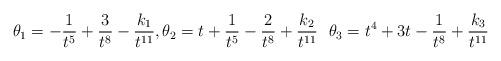
LaTeX: \begin{align*} \theta_1=-\frac{1}{t^5}+\frac{3}{t^8}-\frac{k_1}{t^{11}}, \theta_2=t+\frac{1}{t^5}-\frac{2}{t^8}+\frac{k_2}{t^{11}} \ \ \theta_3=t^4+3t-\frac{1}{t^8}+\frac{k_3}{t^{11}} \end{align*}